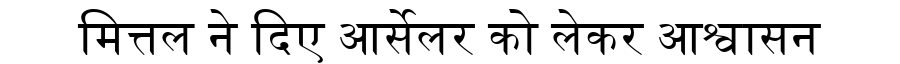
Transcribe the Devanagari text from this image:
मित्तल ने दिए आर्सेलर को लेकर आश्वासन